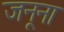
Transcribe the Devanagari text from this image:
जनूना